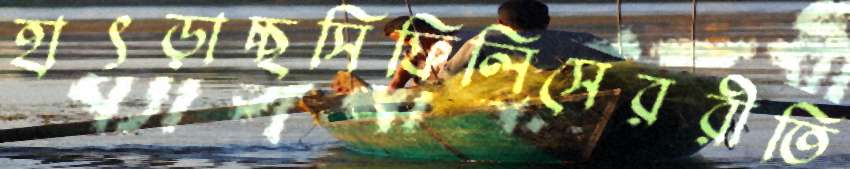
হাৎড়াচ্ছসিফিলিসেররীতি